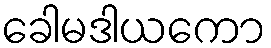
ခေါမဒါယကော